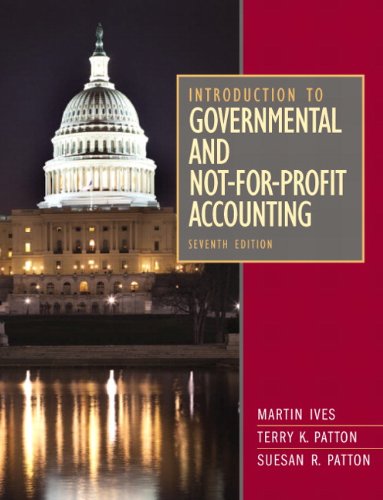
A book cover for Introduction to Governmental and Not-for-Profit Accounting (7th Edition); Martin Ives; Business & Money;